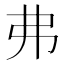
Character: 弗